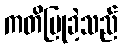
ကတိပြုခဲ့သည်